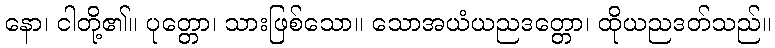
နော၊ ငါတို့၏။ ပုတ္တော၊ သားဖြစ်သော။ သောအယံယညဒတ္တော၊ ထိုယညဒတ်သည်။